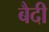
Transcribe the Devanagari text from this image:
बैदी